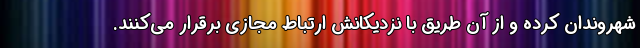
شهروندان کرده و از آن طریق با نزدیکانش ارتباط مجازی برقرار می‌کنند.